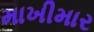
માખીમાર